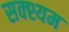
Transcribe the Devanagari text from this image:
सक्श्यम